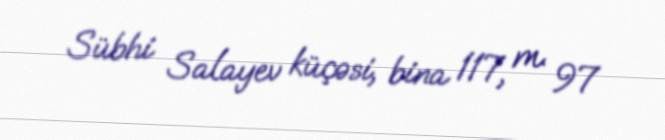
Sübhi Salayev küçəsi, bina 117, m. 97